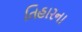
તિહારના